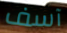
آسف